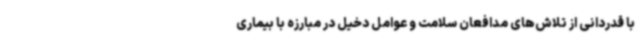
با قدردانی از تلاش‌های مدافعان سلامت و عوامل دخیل در مبارزه با بیماری